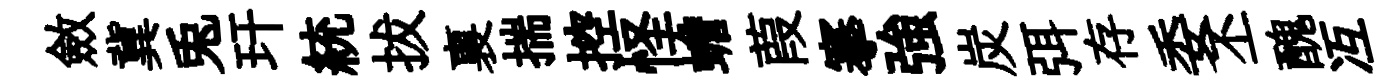
斂冀兎玕統拔裏揣控怪蟾葭搴強炭弭存委丕醜冱